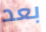
بعد